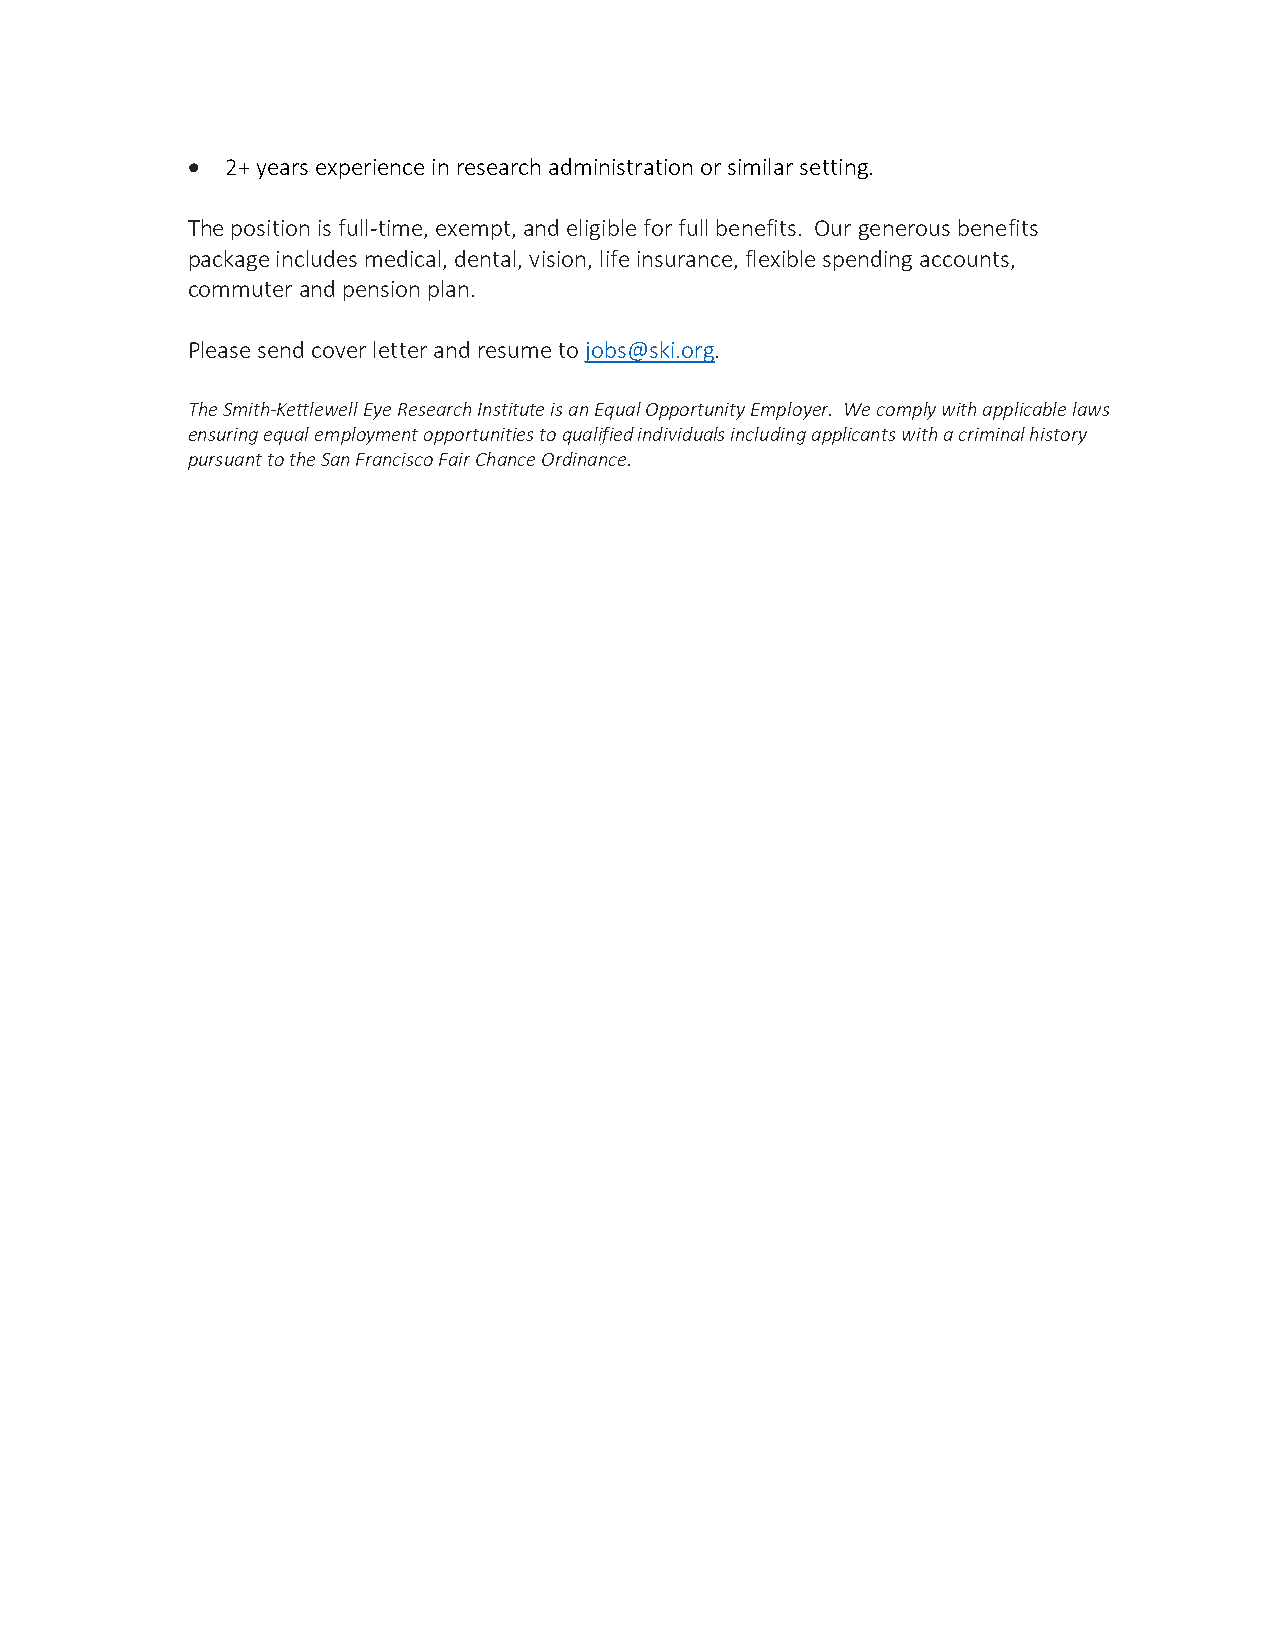
•  2+ years experience in research administration or similar setting.
 The position is full-time, exempt, and eligible for full benefits. Our generous benefits
 package includes medical, dental, vision, life insurance, flexible spending accounts,
 commuter and pension plan.
 Please send cover letter and resume to jobs@ski.org.
 The Smith-Kettlewell Eye Research Institute is an Equal Opportunity Employer. We comply with applicable laws
 ensuring equal employment opportunities to qualified individuals including applicants with a criminal history
 pursuant to the San Francisco Fair Chance Ordinance.